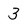
Character: 3